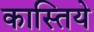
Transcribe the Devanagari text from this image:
कास्तिये